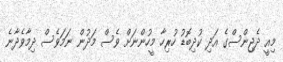
މިއީ ދެޖިންސްގެ އަދި ކުދިބޮޑު ހުރިހާ މީހުންނަށް ވެސް މަދުން ނަމަވެސް ދިމާވެދާނެ